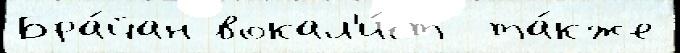
Бра́йан вокал'и́ст  та́кже